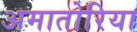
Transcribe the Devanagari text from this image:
अमातोरिया